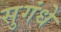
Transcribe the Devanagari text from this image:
सुगंधे